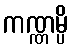
ကဏ္ဏမ္ပိ